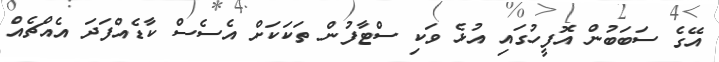
އޭގެ ސަބަބުން އޮފީހުގައި އުޅެ ވަކި ސްޓާފުން ތަކަކަށް އެސެސް ކާޑެއްފަދަ އެއްޗެއް